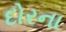
દોરના